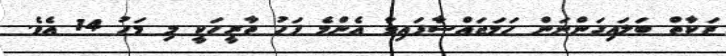
ޒަކާތް ބަލައިގަންނަން ހަމަޖައްސާފައިވާ އެންމެ ފަހު ތާރީހަކީ މި މަހު 14 އެވެ.